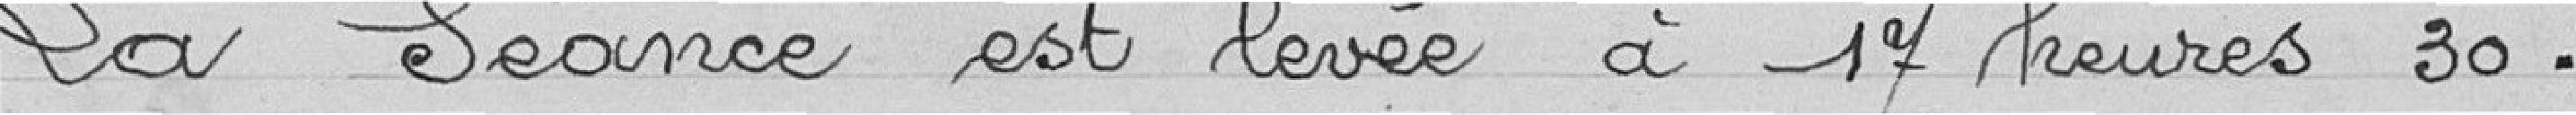
La séance est levée à 17 heures 30.